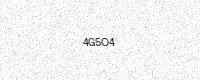
Text: 4G5O4